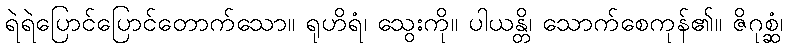
ရဲရဲပြောင်ပြောင်တောက်သော။ ရုဟိရံ၊ သွေးကို။ ပါယန္တိ၊ သောက်စေကုန်၏။ ဇိဂုစ္ဆံ၊